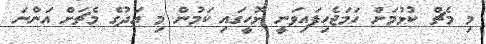
މި މެޗް ކުޅުމަށް ހަމަޖެހިފައިވަނީ ޅޮހީގައި ކަމުން މި އަދުގެ މެޗަށް އަންނަ